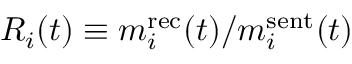
R _ { i } ( t ) \equiv m _ { i } ^ { \mathrm { r e c } } ( t ) / m _ { i } ^ { \mathrm { s e n t } } ( t )